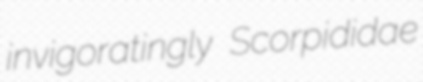
invigoratingly Scorpididae